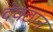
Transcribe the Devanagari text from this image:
देवठान